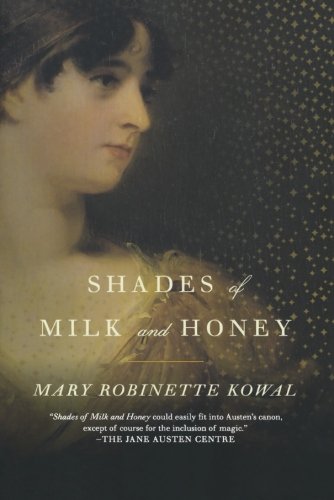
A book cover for Shades of Milk and Honey (Glamourist Histories); Mary Robinette Kowal; Science Fiction & Fantasy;